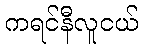
ကရင်နီလူငယ်